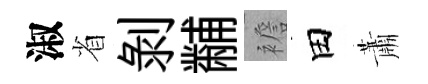
淑省剝黼襜田蕭